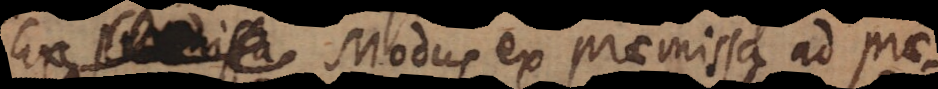
. Modus ex praemissa ad prae